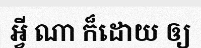
អ្វី ណា ក៏ដោយ ឲ្យ